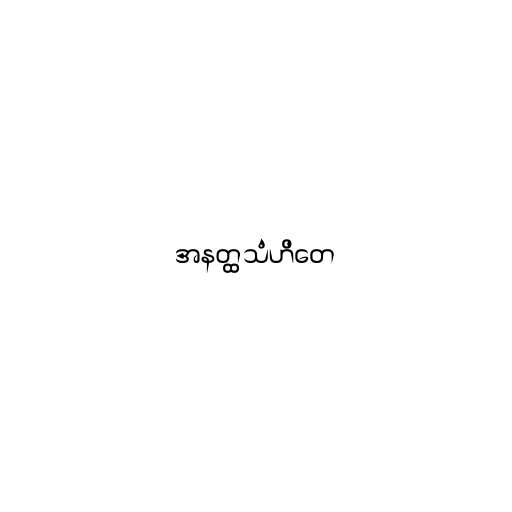
အနတ္ထသံဟိတေ